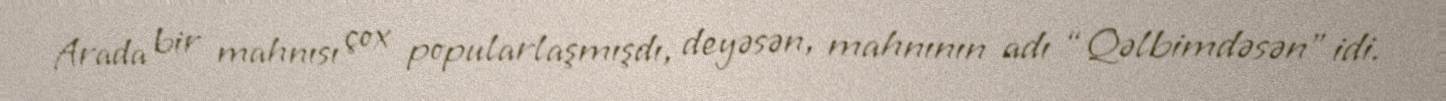
Arada bir mahnısı çox popularlaşmışdı, deyəsən, mahnının adı “Qəlbimdəsən” idi.